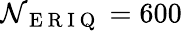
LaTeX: \mathcal{N}_{\mathrm{{~E~R~I~Q~}}}=600